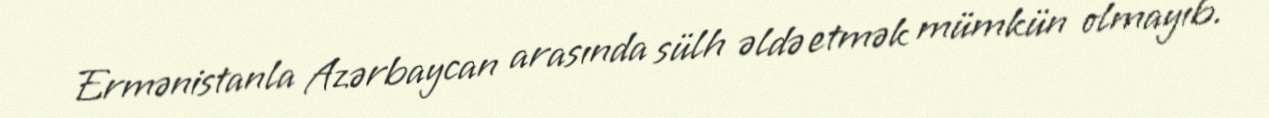
Ermənistanla Azərbaycan arasında sülh əldə etmək mümkün olmayıb.